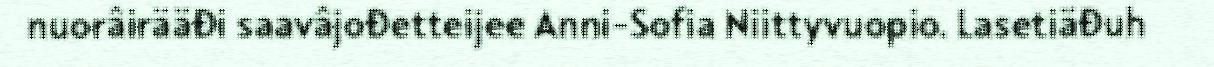
nuorâirääđi saavâjođetteijee Anni-Sofia Niittyvuopio. Lasetiäđuh